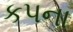
કપના